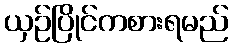
ယှဉ်ပြိုင်ကစားရမည်